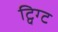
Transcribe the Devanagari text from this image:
ट्विग्ट